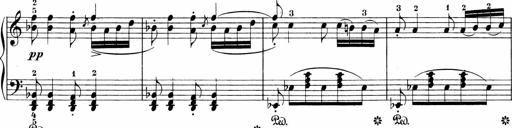
Title: 3 Sonatinas
Composer: Carl Reinecke